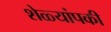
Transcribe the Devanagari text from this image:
शेळ्यांपकी